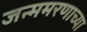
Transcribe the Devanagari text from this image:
जन्ममरणाच्या